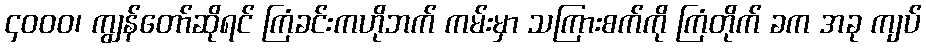
၄ဝဝဝ၊ ကျွန်တော်ဆိုရင် ကြံခင်းကဟိုဘက် ကမ်းမှာ သကြားစက်ကို ကြံတိုက် ခက အခု ကျပ်